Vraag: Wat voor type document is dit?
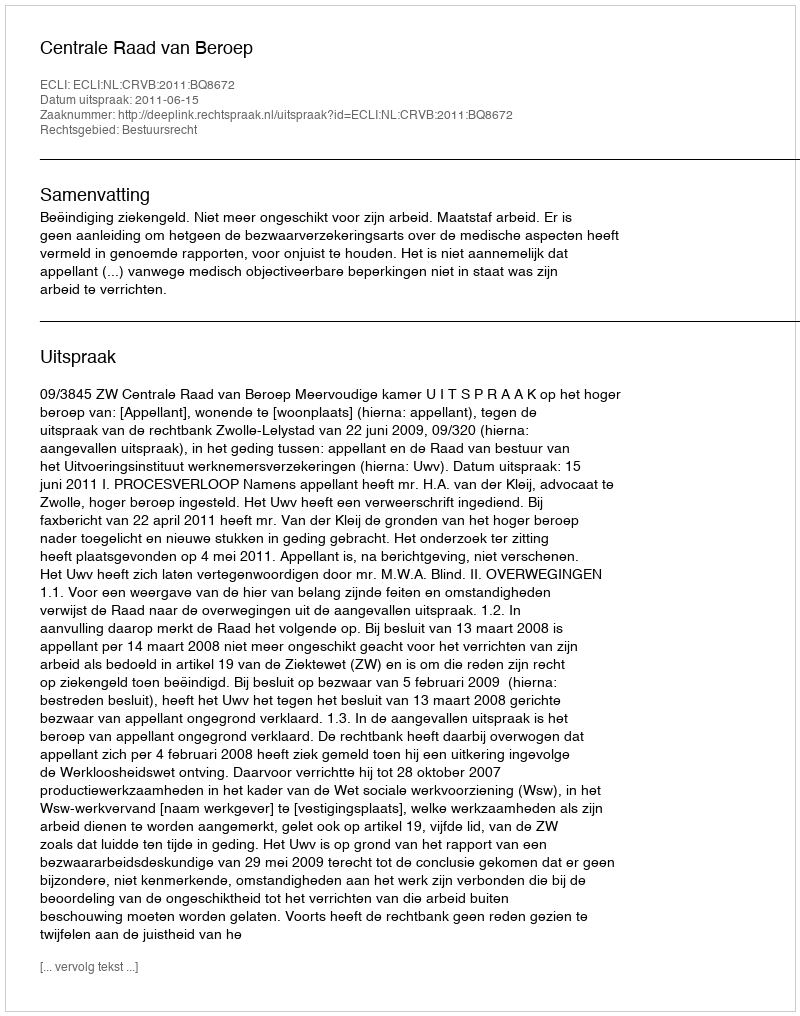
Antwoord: Uitspraak